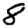
Digit: 8